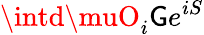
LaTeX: \intd\muO_{i}\mathsf{G}e^{iS}